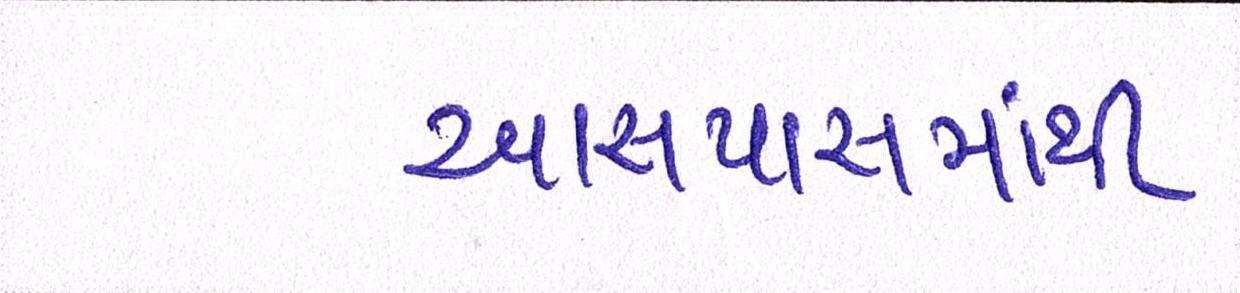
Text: આસપાસમાંથી